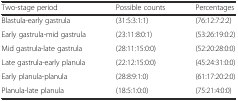
<table><thead><tr><td><b>Two-stage period</b></td><td><b>Possible counts</b></td><td><b>Percentages</b></td></tr></thead><tbody><tr><td>Blastula-early gastrula</td><td>(31:5:3:1:1)</td><td>(76:12:7:2:2)</td></tr><tr><td>Early gastrula-mid gastrula</td><td>(23:11:8:0:1)</td><td>(53:26:19:0:2)</td></tr><tr><td>Mid gastrula-late gastrula</td><td>(28:11:15:0:0)</td><td>(52:20:28:0:0)</td></tr><tr><td>Late gastrula-early planula</td><td>(22:12:15:0:0)</td><td>(45:24:31:0:0)</td></tr><tr><td>Early planula-planula</td><td>(28:8:9:1:0)</td><td>(61:17:20:2:0)</td></tr><tr><td>Planula-late planula</td><td>(18:5:1:0:0)</td><td>(75:21:4:0:0)</td></tr></tbody></table>